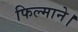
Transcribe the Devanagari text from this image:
फिल्माने।